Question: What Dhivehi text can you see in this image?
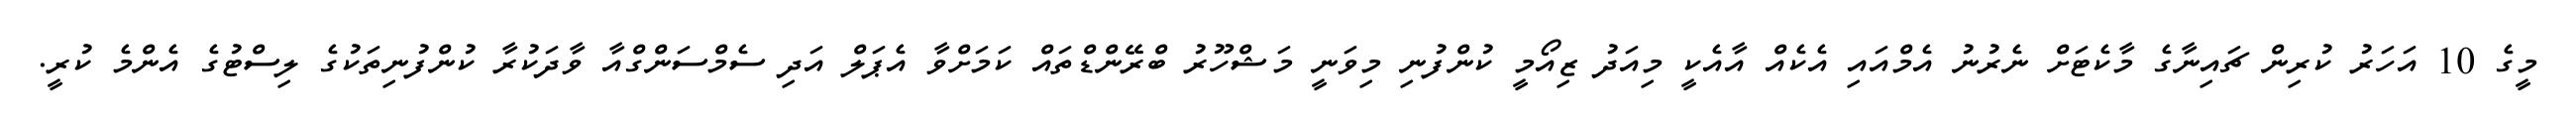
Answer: މީގެ 10 އަހަރު ކުރިން ޗައިނާގެ މާކެޓަށް ނެރުނު އެމްއައި އެކެއް އާއެކީ މިއަދު ޒިއޯމީ ކުންފުނި މިވަނީ މަޝްހޫރު ބްރޭންޑްތައް ކަމަށްވާ އެޕަލް އަދި ސެމްސަންގްއާ ވާދަކުރާ ކުންފުނިތަކުގެ ލިސްޓުގެ އެންމެ ކުރީ.